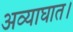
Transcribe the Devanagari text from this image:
अव्याघात।